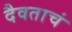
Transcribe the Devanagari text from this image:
दैवताचं